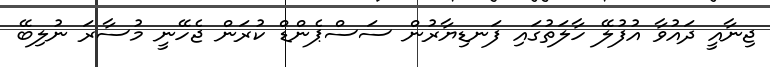
ޖިނާއީ ދައުވާ އުފުލޭ ހާލަތުގައި ފަނޑިޔާރުން ސަސްޕެންޑް ކުރަން ޖެހޭނީ މުސާރަ ނުލިބޭ